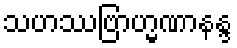
သဟဿဗြာဟ္မဏာနန္ဒ